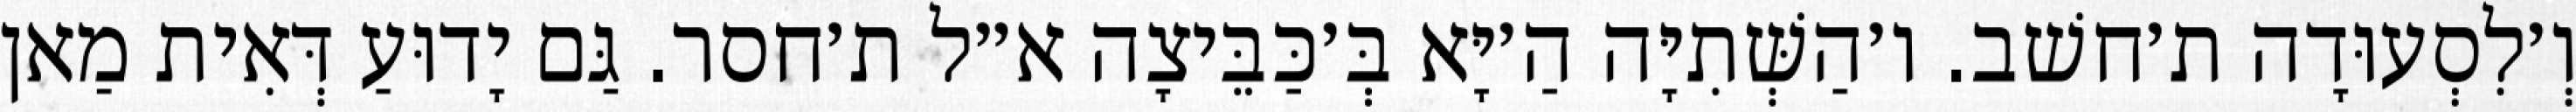
וְ׳לִסְעוּדָה ת׳חשׁב. ו׳הַשְּׁתִיָּה הַ׳יָּא בְּ׳כַּבֵּיצָה א״ל ת׳חסר. גַּם יָדוּעַ דְּאִית מַאן